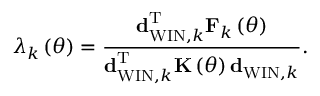
\lambda _ { k } \left( \theta \right) = \frac { { \bf d } _ { \mathrm { W I N } , k } ^ { \mathrm { T } } { \bf F } _ { k } \left( \theta \right) } { { \bf d } _ { \mathrm { W I N } , k } ^ { \mathrm { T } } { \bf K } \left( \theta \right) { \bf d } _ { \mathrm { W I N } , k } } .